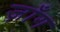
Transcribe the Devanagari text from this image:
ज़ाँग